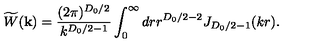
\widetilde { W } ( { \bf k } ) = \frac { ( 2 \pi ) ^ { { D _ { 0 } } / 2 } } { k ^ { { D _ { 0 } } / 2 - 1 } } \int _ { 0 } ^ { \infty } d r r ^ { { D _ { 0 } } / 2 - 2 } J _ { { D _ { 0 } } / 2 - 1 } ( k r ) .